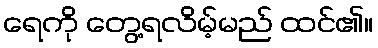
ရေကို တွေ့ရလိမ့်မည် ထင်၏။